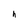
Character: h